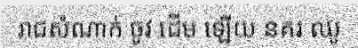
រាជសំណាក់ ចូវ ដើម ឡើយ នគរ ឈូ